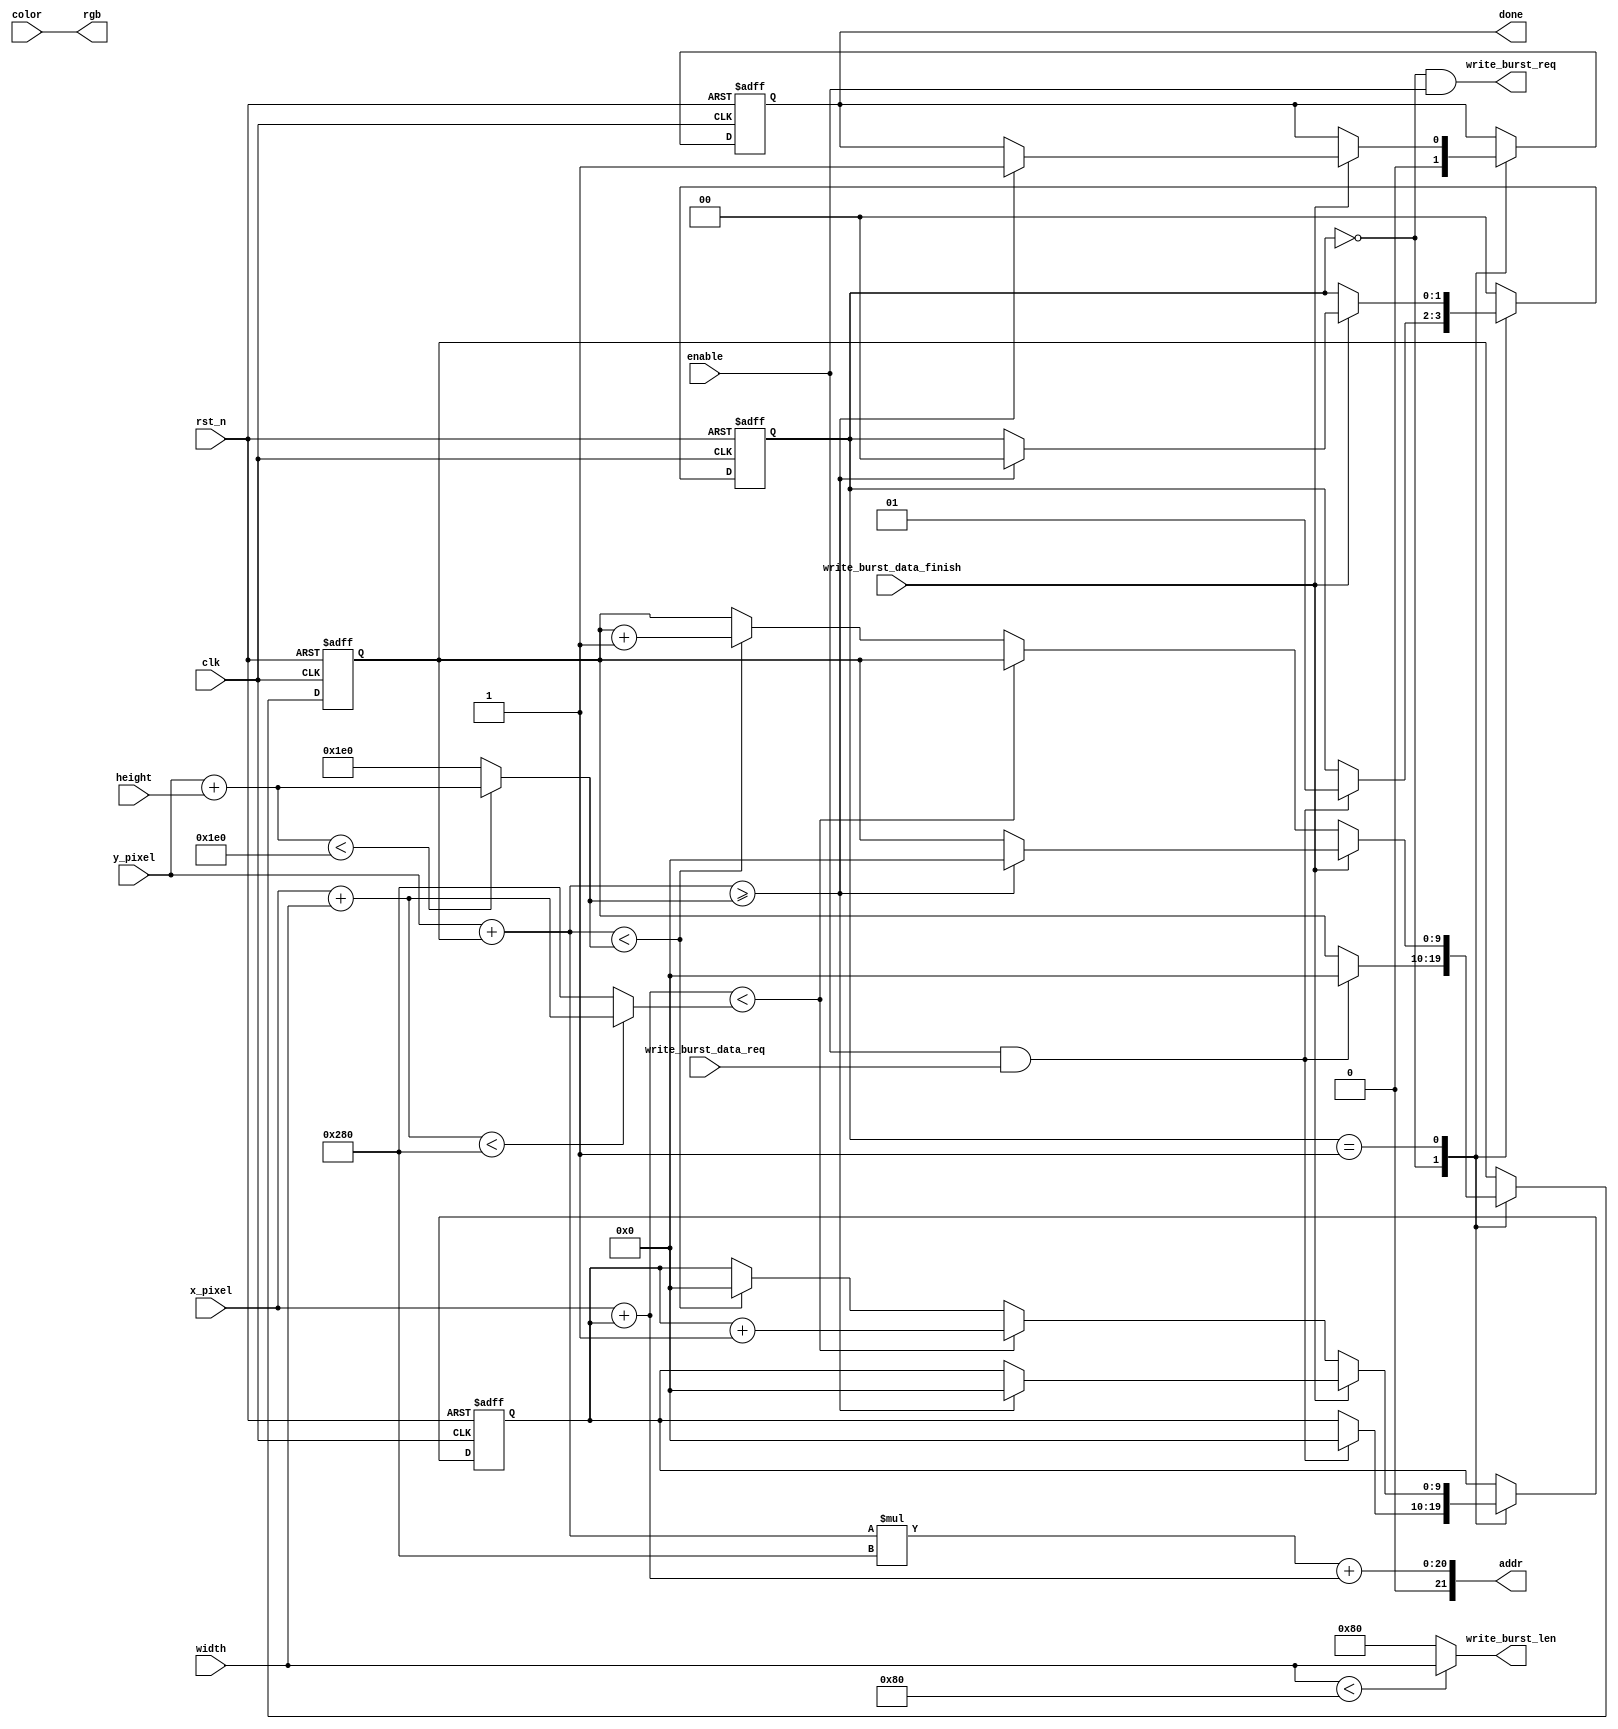
// This program was cloned from: https://github.com/Manistein/let-us-build-a-computer-system
// License: MIT License

`timescale 1ns / 1ps

// Draw a solid rectangle on the screen
module drawrect#(
    parameter BURST_BITS = 10'd10,
    parameter SCREEN_WIDTH = 10'd640,
    parameter SCREEN_HEIGHT = 10'd480,
    parameter MAX_WRITE_BURST_LEN = 10'd128,
    parameter BIT_SIZE = 10'd10
)
(
    input clk,
    input rst_n,
    input enable,

    input [BIT_SIZE - 1 : 0] x_pixel,
    input [BIT_SIZE - 1 : 0] y_pixel,
    input [BIT_SIZE - 1 : 0] width,
    input [BIT_SIZE - 1 : 0] height, 
    input [15 : 0] color,

    input write_burst_data_req,
    input write_burst_data_finish,
    output write_burst_req,
    output [15 : 0] rgb,
    output [21 : 0] addr,
    output [BURST_BITS - 1 : 0] write_burst_len,
    output  done
);

localparam STATE_IDLE = 2'b00;
localparam STATE_DRAW = 2'b01;
reg [1:0] state; 

reg done_r;
reg [BIT_SIZE - 1 : 0] delta_x;
reg [BIT_SIZE - 1 : 0] delta_y;

wire [BIT_SIZE - 1 : 0] current_x;
wire [BIT_SIZE - 1 : 0] current_y;

wire [BIT_SIZE - 1 : 0] x_limit;
wire [BIT_SIZE - 1 : 0] y_limit;

assign current_x = x_pixel + delta_x;
assign current_y = y_pixel + delta_y;

assign x_limit = (x_pixel + width) < SCREEN_WIDTH ? (x_pixel + width) : SCREEN_WIDTH;
assign y_limit = (y_pixel + height) < SCREEN_HEIGHT ? (y_pixel + height) : SCREEN_HEIGHT;

always @(posedge clk or negedge rst_n) begin
    if (!rst_n) begin
        state <= STATE_IDLE;

        delta_x <= 0;
        delta_y <= 0;
        done_r <= 0;
    end else begin
        case (state)
        STATE_IDLE: begin 
            if (enable && write_burst_data_req) begin
                state <= STATE_DRAW;
                delta_x <= 0;
                delta_y <= 0;
                done_r <= 0;
            end else begin
                done_r <= 0;
            end 
        end
        STATE_DRAW: begin
            if (write_burst_data_finish) begin
                if (current_y >= y_limit) begin
                    done_r <= 1;
                    delta_x <= 0;
                    delta_y <= 0;

                    state <= STATE_IDLE;
                end
            end else begin 
                if (current_x < x_limit) begin
                    delta_x <= delta_x + 1;
                end else begin
                    if (current_y < y_limit) begin
                        delta_x <= 0;
                        delta_y <= delta_y + 1;
                    end
                end
            end 
        end
        default: begin
            state <= STATE_IDLE;
        end 
        endcase
    end
end

assign addr = (current_y * SCREEN_WIDTH) + current_x;
assign write_burst_req = (state == STATE_IDLE) & enable; 
assign rgb = color;
assign write_burst_len = width < MAX_WRITE_BURST_LEN ? width : MAX_WRITE_BURST_LEN;
assign done = done_r;

endmodule